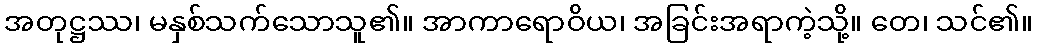
အတုဋ္ဌဿ၊ မနှစ်သက်သောသူ၏။ အာကာရောဝိယ၊ အခြင်းအရာကဲ့သို့။ တေ၊ သင်၏။